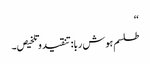
‘‘
طلسم ہوش ربا:تنقید وتلخیص۔